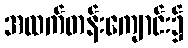
အထက်တန်းကျောင်း၌